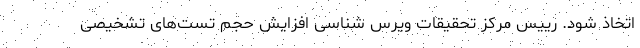
اتخاذ شود. رییس مرکز تحقیقات ویرس شناسی افزایش حجم تست‌های تشخیصی